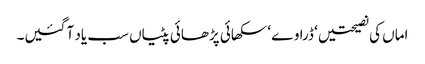
اماں کی نصیحتیں ‘ ڈراوے ‘ سکھائی پڑھائی پٹیاں سب یاد آ گئیں۔